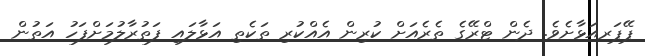
ޕޭޕަރއަޅާށެވެ. ދެން ޓްރޭގެ ތެރެއަށް ކުރިން އެއްކުރި ތަކެތި އަޅާލައި ފަތުރާލުމަށްފަހު އަތުން